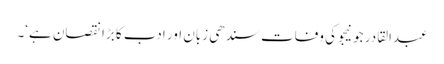
عبدالقادر جونیجو کی وفات سندھی زبان اور ادب کا بڑا نقصان ہے‘۔